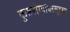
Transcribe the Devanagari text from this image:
कुष्ठरोग्यांवरसुद्धा